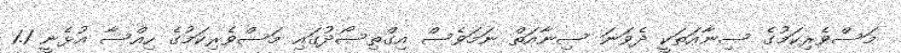
މަސްވެރިކަމުގެ ސިނާއަތަކީ ދެވަނަ ސިނާއަތް ނަމަވެސް އިގްތިސޯދުގައި މަސްވެރިކަމުގެ ހިއްސާ އުޅެނީ 1.1